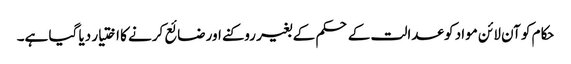
حکام کو آن لائن مواد کو عدالت کے حکم کے بغیر روکنے اور ضائع کرنے کا اختیار دیا گیا ہے۔